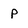
Character: p